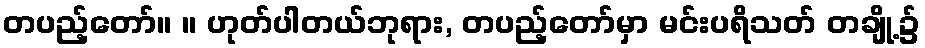
တပည့်တော်။ ။ ဟုတ်ပါတယ်ဘုရား, တပည့်တော်မှာ မင်းပရိသတ် တချို့၌